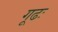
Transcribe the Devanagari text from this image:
गूढः